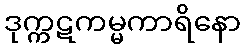
ဒုက္ကဋကမ္မကာရိနော